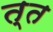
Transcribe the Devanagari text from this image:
त्त